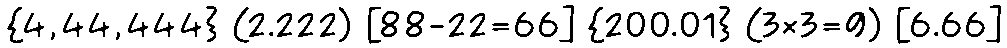
{4,44,444} (2.222) [88-22=66] {200.01} (3×3=9) [6.66]